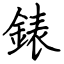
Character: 錶